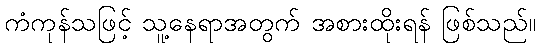
ကံကုန်သဖြင့် သူ့နေရာအတွက် အစားထိုးရန် ဖြစ်သည်။